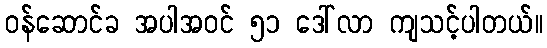
ဝန်ဆောင်ခ အပါအဝင် ၅၁ ဒေါ်လာ ကျသင့်ပါတယ်။